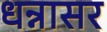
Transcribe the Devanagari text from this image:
धन्नासर